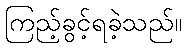
ကြည့်ခွင့်ရခဲ့သည်။